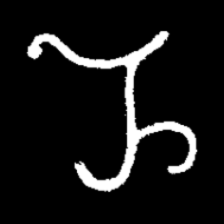
Pyu character \u2014 Myanmar letter: ည (romanized: nya)